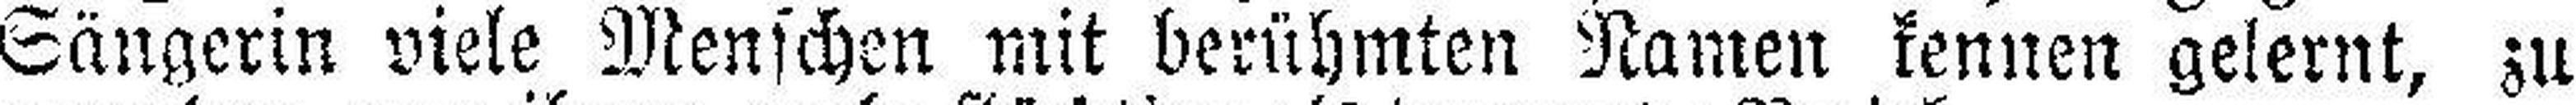
Sängerin viele Menschen mit berühmten Namen kennen gelernt, zu